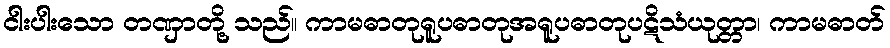
ငါးပါးသော တဏှာတို့ သည်။ ကာမဓာတုရူပဓာတုအရူပဓာတုပဋိသံယုတ္တာ၊ ကာမဓာတ်